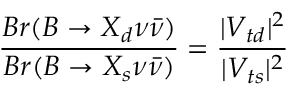
\frac { B r ( B \to X _ { d } \nu \bar { \nu } ) } { B r ( B \to X _ { s } \nu \bar { \nu } ) } = \frac { | V _ { t d } | ^ { 2 } } { | V _ { t s } | ^ { 2 } }